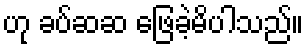
ဟု ခပ်ဆဆ ဖြေခဲ့မိပါသည်။